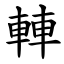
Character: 䡛